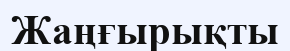
Жаңғырықты